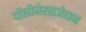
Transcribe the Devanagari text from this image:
पॉलीमेराइजेसन